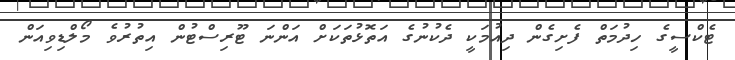
ޓެކްސީގެ ހިދުމަތް ފެށިގެން ދިއުމަކީ ދެކުނުގެ އަތޮޅުތަކަށް އަންނަ ޓޫރިސްޓުން އިތުރުވެ މޯލްޑިވިއަން